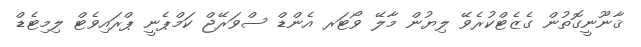
ޤާނޫނީގޮތުން ގެޒެޓްކުރެވޭ ލިޔުން މާލޭ ވޯޓަރ އެންޑް ސްވަރޭޖް ކަމްޕެނީ ޕްރައިވެޓް ލިމިޓެޑް